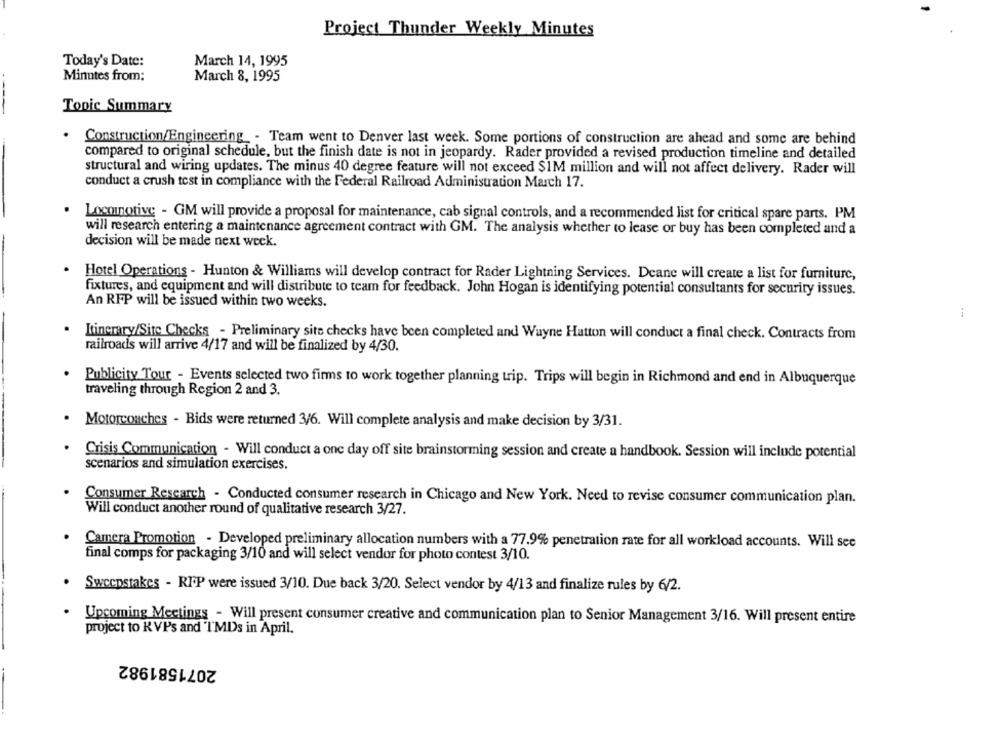
Project Thunder Weekly Minutes
Today's Date:
March 14, 1995
Minutes from:
March 8, 1995
Topic Summary
.
Construction/Engineering_ - Team went to Denver last week. Some portions of construction are ahead and some are behind
compared to original schedule, but the finish date is not in jeopardy. Rader provided a revised production timeline and detailed
structural and wiring updates. The minus 40 degree feature will not exceed $1M million and will not affect delivery. Rader will
conduct a crush test in compliance with the Federal Railroad Administration March 17.
Locomotive - GM will provide a proposal for maintenance, cab signal controls, and a recommended list for critical spare parts. PM
will research entering a maintenance agreement contract with GM. The analysis whether to lease or buy has been completed and a
decision will be made next week.
Hotel Operations - Hunton & Williams will develop contract for Rader Lightning Services. Deane will create a list for furniture,
fixtures, and equipment and will distribute to team for feedback. John Hogan is identifying potential consultants for security issues.
An RFP will be issued within two weeks.
Itinerary/Site Checks - Preliminary site checks have been completed and Wayne Hatton will conduct a final check. Contracts from
railroads will arrive 4/17 and will be finalized by 4/30.
Publicity Tour - Events selected two firms to work together planning trip. Trips will begin in Richmond and end in Albuquerque
traveling through Region 2 and 3.
.
Motorcouches - Bids were returned 3/6. Will complete analysis and make decision by 3/31.
. Crisis Communication - Will conduct a one day off site brainstorming session and create a handbook. Session will include potential
scenarios and simulation exercises.
Consumer Research - Conducted consumer research in Chicago and New York. Need to revise consumer communication plan.
Will conduct another round of qualitative research 3/27.
Camera Promotion - Developed preliminary allocation numbers with a 77.9% penetration rate for all workload accounts. Will see
final comps for packaging 3/10 and will select vendor for photo contest 3/10.
Sweepstakes - RFP were issued 3/10. Due back 3/20. Select vendor by 4/13 and finalize rules by 6/2.
Upcoming Meetings - Will present consumer creative and communication plan to Senior Management 3/16. Will present entire
project to KVPs and I'MDs in April.
2071581982